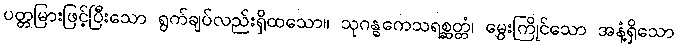
ပတ္တမြားဖြင့်ပြီးသော ရွက်ချပ်လည်းရှိထသော။ သုဂန္ဓကေသရစ္ဆတ္တံ၊ မွှေးကြိုင်သော အနံ့ရှိသော